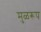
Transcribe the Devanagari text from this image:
मुळरूप